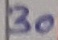
Text: 30